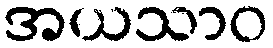
အယသာဝ